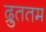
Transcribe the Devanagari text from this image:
द्रुततम